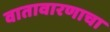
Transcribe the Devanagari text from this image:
वातावारणाचा